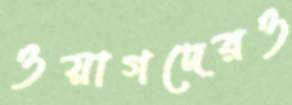
ওয়াগদেরও